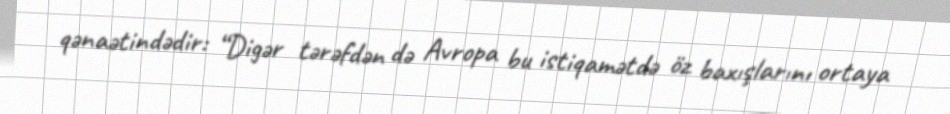
qənaətindədir: “Digər tərəfdən də Avropa bu istiqamətdə öz baxışlarını ortaya